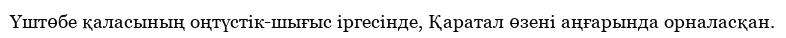
Үштөбе қаласының оңтүстік-шығыс іргесінде, Қаратал өзені аңғарында орналасқан.